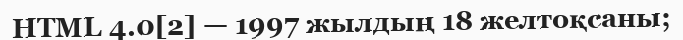
HTML 4.0[2] — 1997 жылдың 18 желтоқсаны;